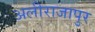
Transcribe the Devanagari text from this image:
अलीराजापुर